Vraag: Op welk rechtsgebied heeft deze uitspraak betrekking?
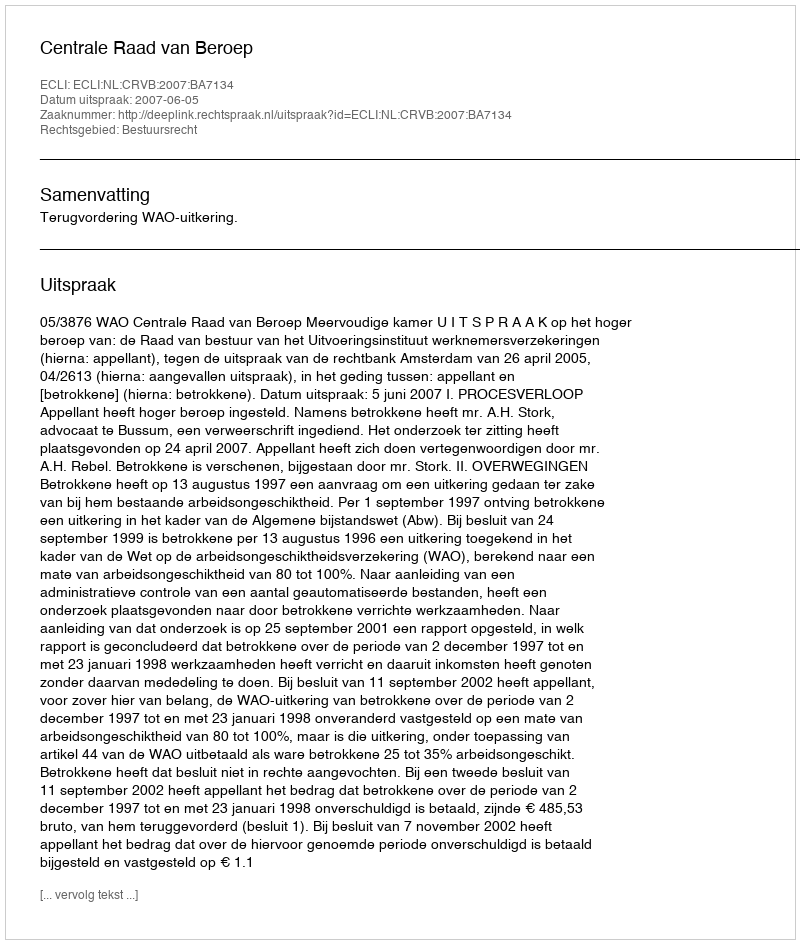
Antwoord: Bestuursrecht